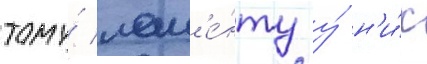
тому́ мом'е́нту у́ н'и́х